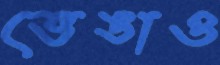
ভেঙাও